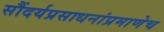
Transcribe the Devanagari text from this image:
सौंदर्यप्रसाधनांप्रमाणेच